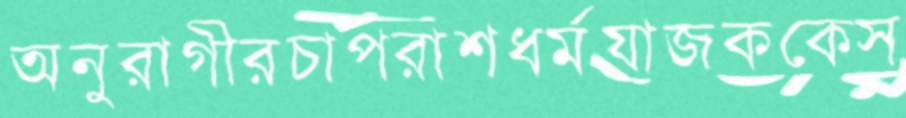
অনুরাগীরচাপরাশধর্মযাজককেস